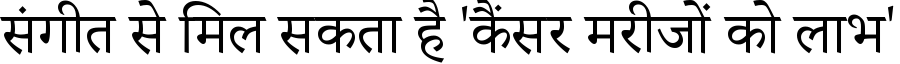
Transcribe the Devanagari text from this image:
संगीत से मिल सकता है 'कैंसर मरीजों को लाभ'